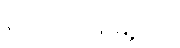
ကျောက်ဖြူမြို့နယ်